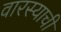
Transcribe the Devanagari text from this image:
वारस्याची